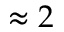
\approx 2